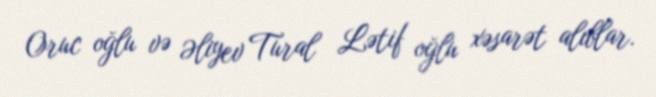
Oruc oğlu və Əliyev Tural Lətif oğlu xəsarət alıblar.